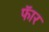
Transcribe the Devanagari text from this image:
फॅार